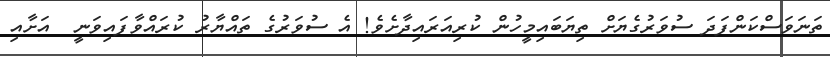
ތަނަވަސްކަންފަދަ ސުވަރުގެޔަށް ތިޔަބައިމީހުން ކުރިއަރައިދާށެވެ! އެ ސުވަރުގެ ތައްޔާރު ކުރައްވާފައިވަނީ  އަށާއި